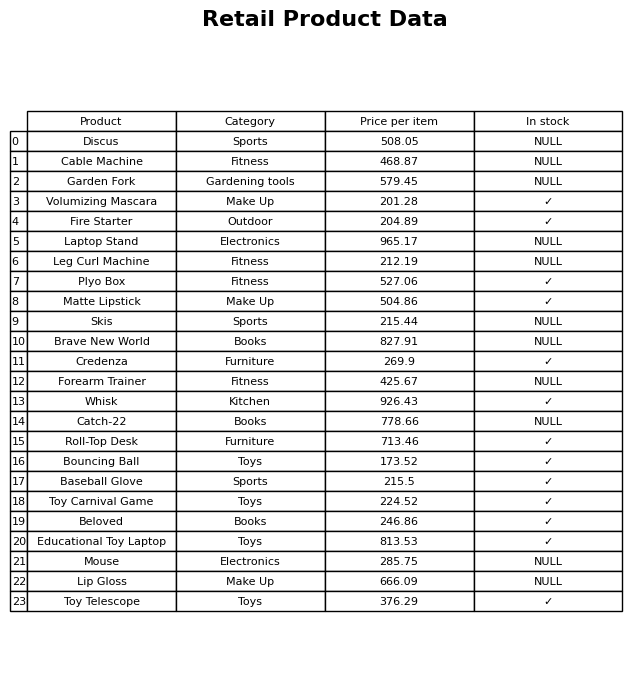
question: What is the price for Garden Fork?
answer: The price of Garden Fork is 579.45.